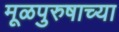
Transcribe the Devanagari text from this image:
मूळपुरुषाच्या